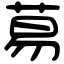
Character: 䓪